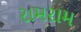
રામરામ